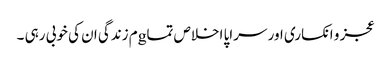
عجز و انکساری اور سراپا اخلاص تماgم زندگی ان کی خوبی رہی ۔